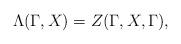
LaTeX: \begin{align*}\Lambda (\Gamma ,X)=Z(\Gamma ,X,\Gamma ), \end{align*}